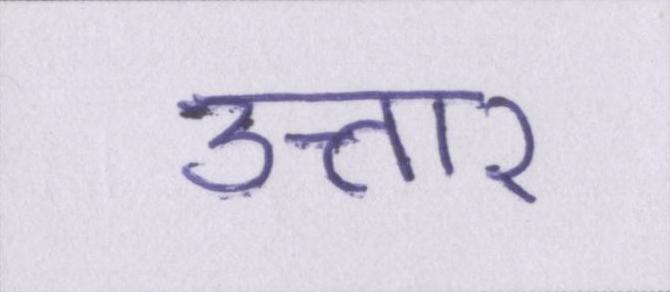
उत्तार